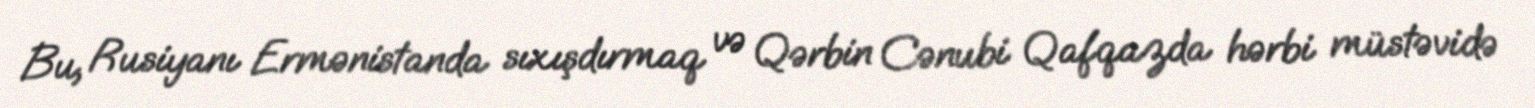
Bu, Rusiyanı Ermənistanda sıxışdırmaq və Qərbin Cənubi Qafqazda hərbi müstəvidə